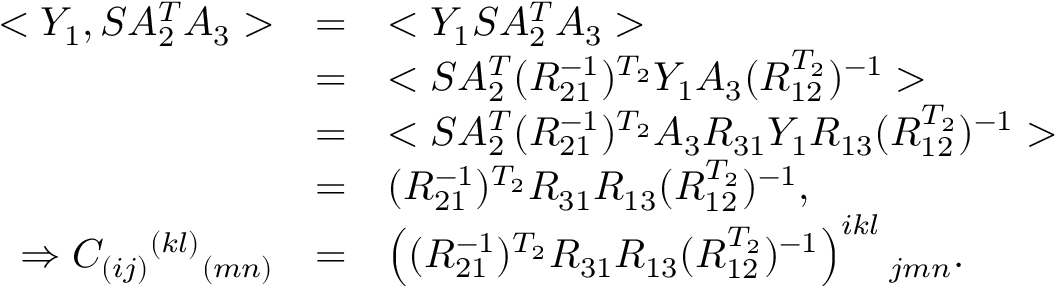
\begin{array} { r c l } { { < Y _ { 1 } , S A _ { 2 } ^ { T } A _ { 3 } > } } & { { = } } & { { < Y _ { 1 } S A _ { 2 } ^ { T } A _ { 3 } > } } \\ { { } } & { { = } } & { { < S A _ { 2 } ^ { T } ( R _ { 2 1 } ^ { - 1 } ) ^ { T _ { 2 } } Y _ { 1 } A _ { 3 } ( R _ { 1 2 } ^ { T _ { 2 } } ) ^ { - 1 } > } } \\ { { } } & { { = } } & { { < S A _ { 2 } ^ { T } ( R _ { 2 1 } ^ { - 1 } ) ^ { T _ { 2 } } A _ { 3 } R _ { 3 1 } Y _ { 1 } R _ { 1 3 } ( R _ { 1 2 } ^ { T _ { 2 } } ) ^ { - 1 } > } } \\ { { } } & { { = } } & { { ( R _ { 2 1 } ^ { - 1 } ) ^ { T _ { 2 } } R _ { 3 1 } R _ { 1 3 } ( R _ { 1 2 } ^ { T _ { 2 } } ) ^ { - 1 } , } } \\ { { \Rightarrow C _ { ( i j ) } { } ^ { ( k l ) } { } _ { ( m n ) } } } & { { = } } & { { \left( ( R _ { 2 1 } ^ { - 1 } ) ^ { T _ { 2 } } R _ { 3 1 } R _ { 1 3 } ( R _ { 1 2 } ^ { T _ { 2 } } ) ^ { - 1 } \right) ^ { i k l } { } _ { j m n } . } } \end{array}